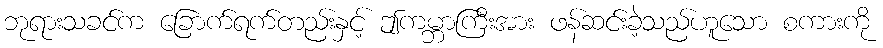
ဘုရားသခင်က ခြောက်ရက်တည်းနှင့် ဤကမ္ဘာကြီးအား ဖန်ဆင်းခဲ့သည်ဟူသော စကားကို